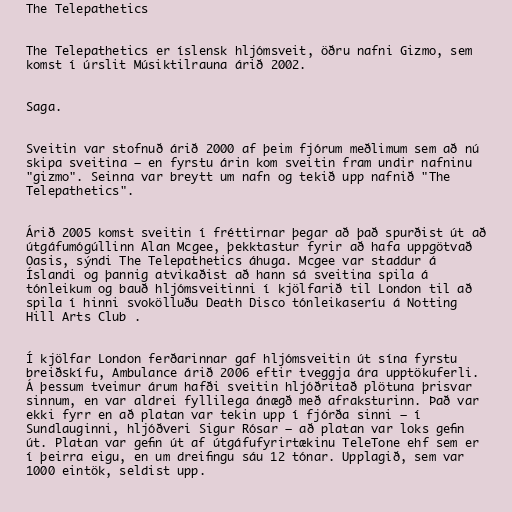
The Telepathetics

The Telepathetics er íslensk hljómsveit, öðru nafni Gizmo, sem
komst í úrslit Músiktilrauna árið 2002.

Saga.

Sveitin var stofnuð árið 2000 af þeim fjórum meðlimum sem að nú
skipa sveitina — en fyrstu árin kom sveitin fram undir nafninu
"gizmo". Seinna var breytt um nafn og tekið upp nafnið "The
Telepathetics".

Árið 2005 komst sveitin í fréttirnar þegar að það spurðist út að
útgáfumógúllinn Alan Mcgee, þekktastur fyrir að hafa uppgötvað
Oasis, sýndi The Telepathetics áhuga. Mcgee var staddur á
Íslandi og þannig atvikaðist að hann sá sveitina spila á
tónleikum og bauð hljómsveitinni í kjölfarið til London til að
spila í hinni svokölluðu Death Disco tónleikaseríu á Notting
Hill Arts Club .

Í kjölfar London ferðarinnar gaf hljómsveitin út sína fyrstu
breiðskífu, Ambulance árið 2006 eftir tveggja ára upptökuferli.
Á þessum tveimur árum hafði sveitin hljóðritað plötuna þrisvar
sinnum, en var aldrei fyllilega ánægð með afraksturinn. Það var
ekki fyrr en að platan var tekin upp í fjórða sinni — í
Sundlauginni, hljóðveri Sigur Rósar — að platan var loks gefin
út. Platan var gefin út af útgáfufyrirtækinu TeleTone ehf sem er
í þeirra eigu, en um dreifingu sáu 12 tónar. Upplagið, sem var
1000 eintök, seldist upp.